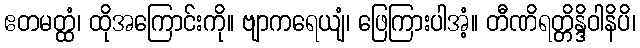
ဧတမတ္ထံ၊ ထိုအကြောင်းကို။ ဗျာကရေယျံ၊ ဖြေကြားပါအံ့။ တီဏိရတ္တိန္ဒိဝါနိပိ၊